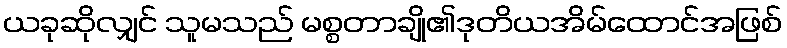
ယခုဆိုလျှင် သူမသည် မစ္စတာချို၏ဒုတိယအိမ်ထောင်အဖြစ်